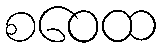
စဝေထ